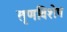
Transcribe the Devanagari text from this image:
तृणविशेष